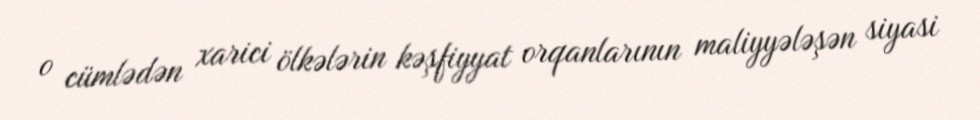
o cümlədən xarici ölkələrin kəşfiyyat orqanlarının maliyyələşən siyasi